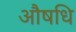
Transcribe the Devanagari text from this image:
औषधि